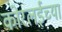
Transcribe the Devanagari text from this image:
कोरलईच्या